Civil Veterinary Department Bengal reports 1923-33 - 1923-1933
Year: 1923
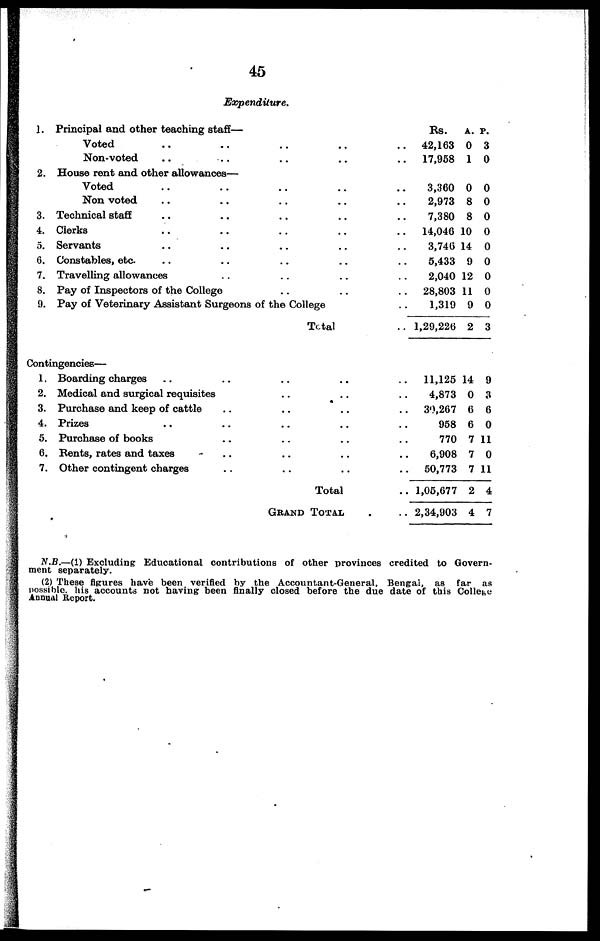
45
Expenditure.
1.
2.
3.
4.
5.
6.
7.
8.
9.
Principal and other teaching staff—
Voted .. .. .. .. ..
Non-voted .. .. .. .. ..
House rent and other allowances—
Voted .. .. .. .. ..
Non voted .. .. .. .. ..
Technical staff .. .. .. .. ..
Clerks .. .. .. .. ..
Servants .. .. .. .. ..
Constables, etc. .. .. .. .. ..
Travelling allowances .. .. .. ..
Pay of Inspectors of the College .. .. ..
Pay of Veterinary Assistant Surgeons of the College ..
Total ..
Conti
ngencies—
1.
2.
3.
4.
5.
6.
7.
Boarding charges .. .. .. .. ..
Medical and surgical requisites .. .. ..
Purchase and keep of cattle .. .. .. ..
Prizes.. .. .. .. ..
Purchase of books .. .. .. ..
Rents, rates and taxes .. .. .. ..
Other contingent charges .. .. .. ..
Total ..
GRAND TOTAL ..
Rs.
42,163
17,958
3,360
2,973
7,380
14,046
3,746
5,433
2,040
28,803
1,319
1,29,226
11,125
4,873
39,267
958
770
6,908
50,773
1,05,677
2,34,903
A.
0
1
0
8
8
10
14
9
12
11
9
2
14
0
6
6
7
7
7
2
4
P.
3
0
0
0
0
0
0
0
0
0
0
3
9
1
6
0
11
0
11
4
7
N.B.—(1) Excluding Educational contributions of other provinces credited to Govern-
ment separately.
(2) These figures have been verified by the Accountant-General. Bengal, as far as
possible, his accounts not having been finally closed before the due date of this College
Annual Report.